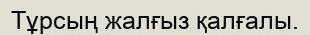
Тұрсың жалғыз қалғалы.